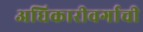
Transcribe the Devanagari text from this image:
अधिकारीवर्गाची